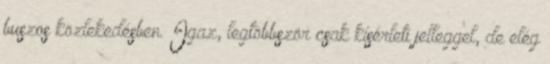
buszos közlekedésben. Igaz, legtöbbször csak kísérleti jelleggel, de elég